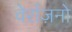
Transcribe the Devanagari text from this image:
वेर्राज़नो